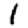
Digit: 1